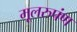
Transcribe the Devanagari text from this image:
मूलरुपंण